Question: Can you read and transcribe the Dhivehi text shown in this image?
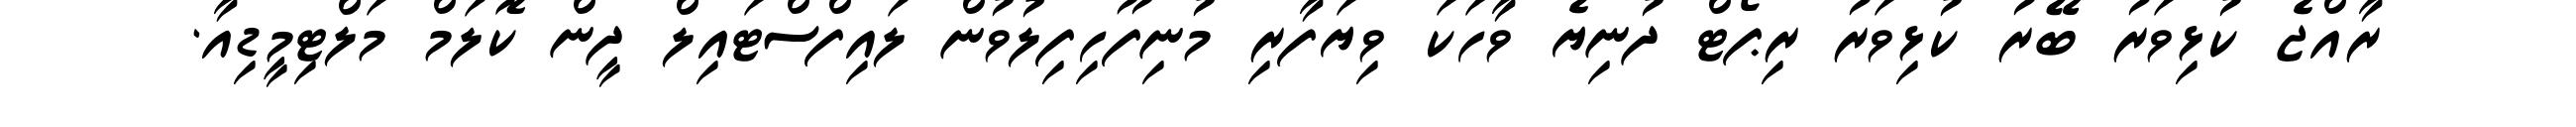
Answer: ރާއްޖެ ކުޅިވަރު ބޭރު ކުޅިވަރު ރިޕޯޓް ދުނިޔެ ވާހަކަ ވިޔަފާރި މުނިފޫހިފިލުވުން ލައިފްސްޓައިލް ދީން ކޮލަމް މަލްޓިމީޑިއާ.